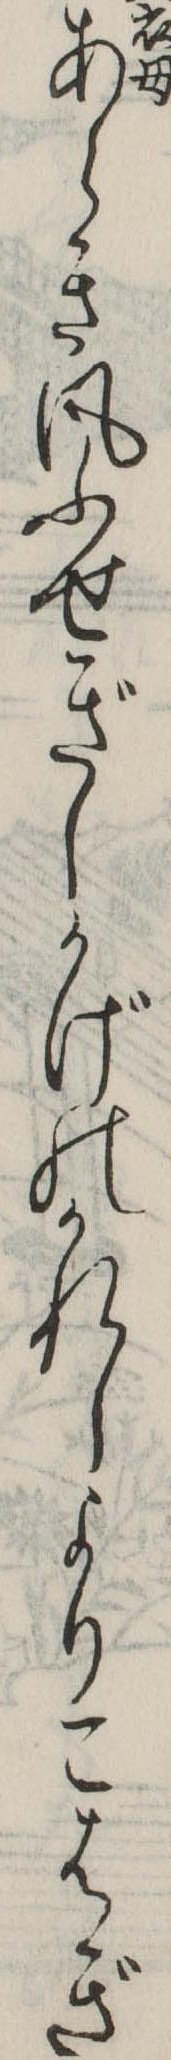
あらき風ふせぎしかげのかれしよりこはぎ